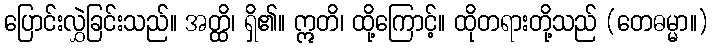
ပြောင်းလွှဲခြင်းသည်။ အတ္ထိ၊ ရှိ၏။ ဣတိ၊ ထို့ကြောင့်။ ထိုတရားတို့သည် (တေဓမ္မာ။)